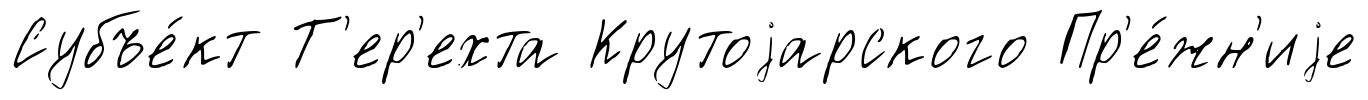
Субъе́кт Т'ер'ехта Крутоjарского Пр'е́жн'иjе